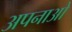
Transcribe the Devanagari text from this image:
अपनाओ